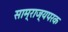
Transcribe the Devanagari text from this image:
साम्राज्यपरक